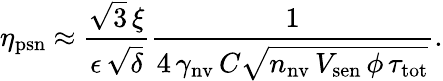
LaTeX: \eta_{\mathrm{psn}}~{\approx}~\frac{\sqrt{3}\, \xi}{\epsilon\, \sqrt{\delta}}\frac{1}{4\, \gamma_{\mathrm{nv}}\, C\sqrt{n_{\mathrm{nv}}\, V_{\mathrm{sen}}\, \phi\, \tau_{\mathrm{tot}}}}.